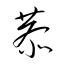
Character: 恭